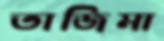
তাজিমা